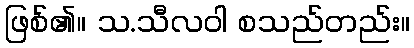
ဖြစ်၏။ သ.သီလဝါ စသည်တည်း။